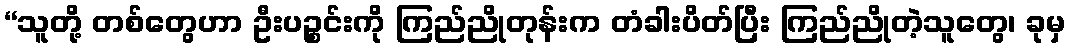
“သူတို့ တစ်တွေဟာ ဦးပဉ္စင်းကို ကြည်ညိုတုန်းက တံခါးပိတ်ပြီး ကြည်ညိုတဲ့သူတွေ၊ ခုမှ